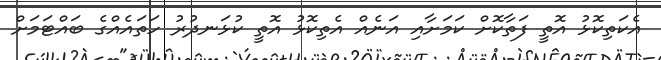
އެކަތިކޮޅު އޮތީ ފަތާކޮށް ކަމަށާއި އަނެއް އެތިކޮޅު އޮތީ ކުޅަނދުރު ހަތައެއްގެ ބައްޓަމަށް